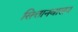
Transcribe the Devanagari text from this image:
सित्तानवासन